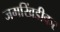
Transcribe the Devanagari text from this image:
जमखिंडीकर